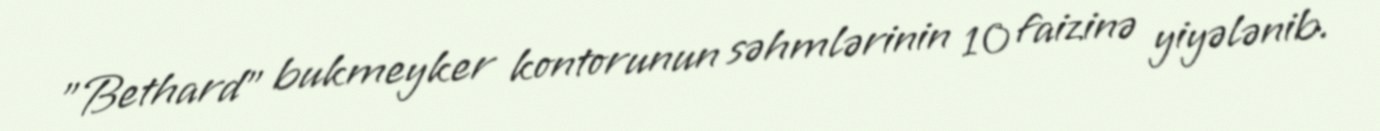
"Bethard" bukmeyker kontorunun səhmlərinin 10 faizinə yiyələnib.